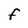
Character: F